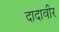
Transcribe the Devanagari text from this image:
दादावीर